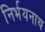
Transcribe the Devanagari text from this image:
निर्भयनाथ